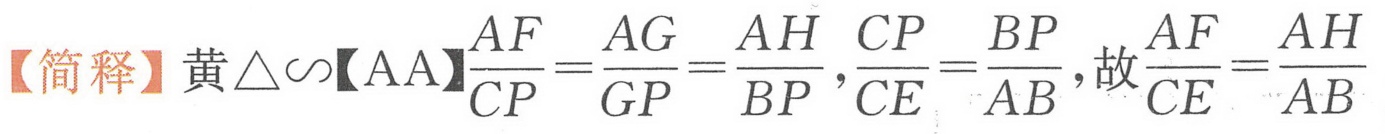
【简释】黄\(\triangle\sim\)【AA】\(\frac{AF}{CP}=\frac{AG}{GP}=\frac{AH}{BP}\), \(\frac{CP}{CE}=\frac{BP}{AB}\), 故\(\frac{AF}{CE}=\frac{AH}{AB}\)